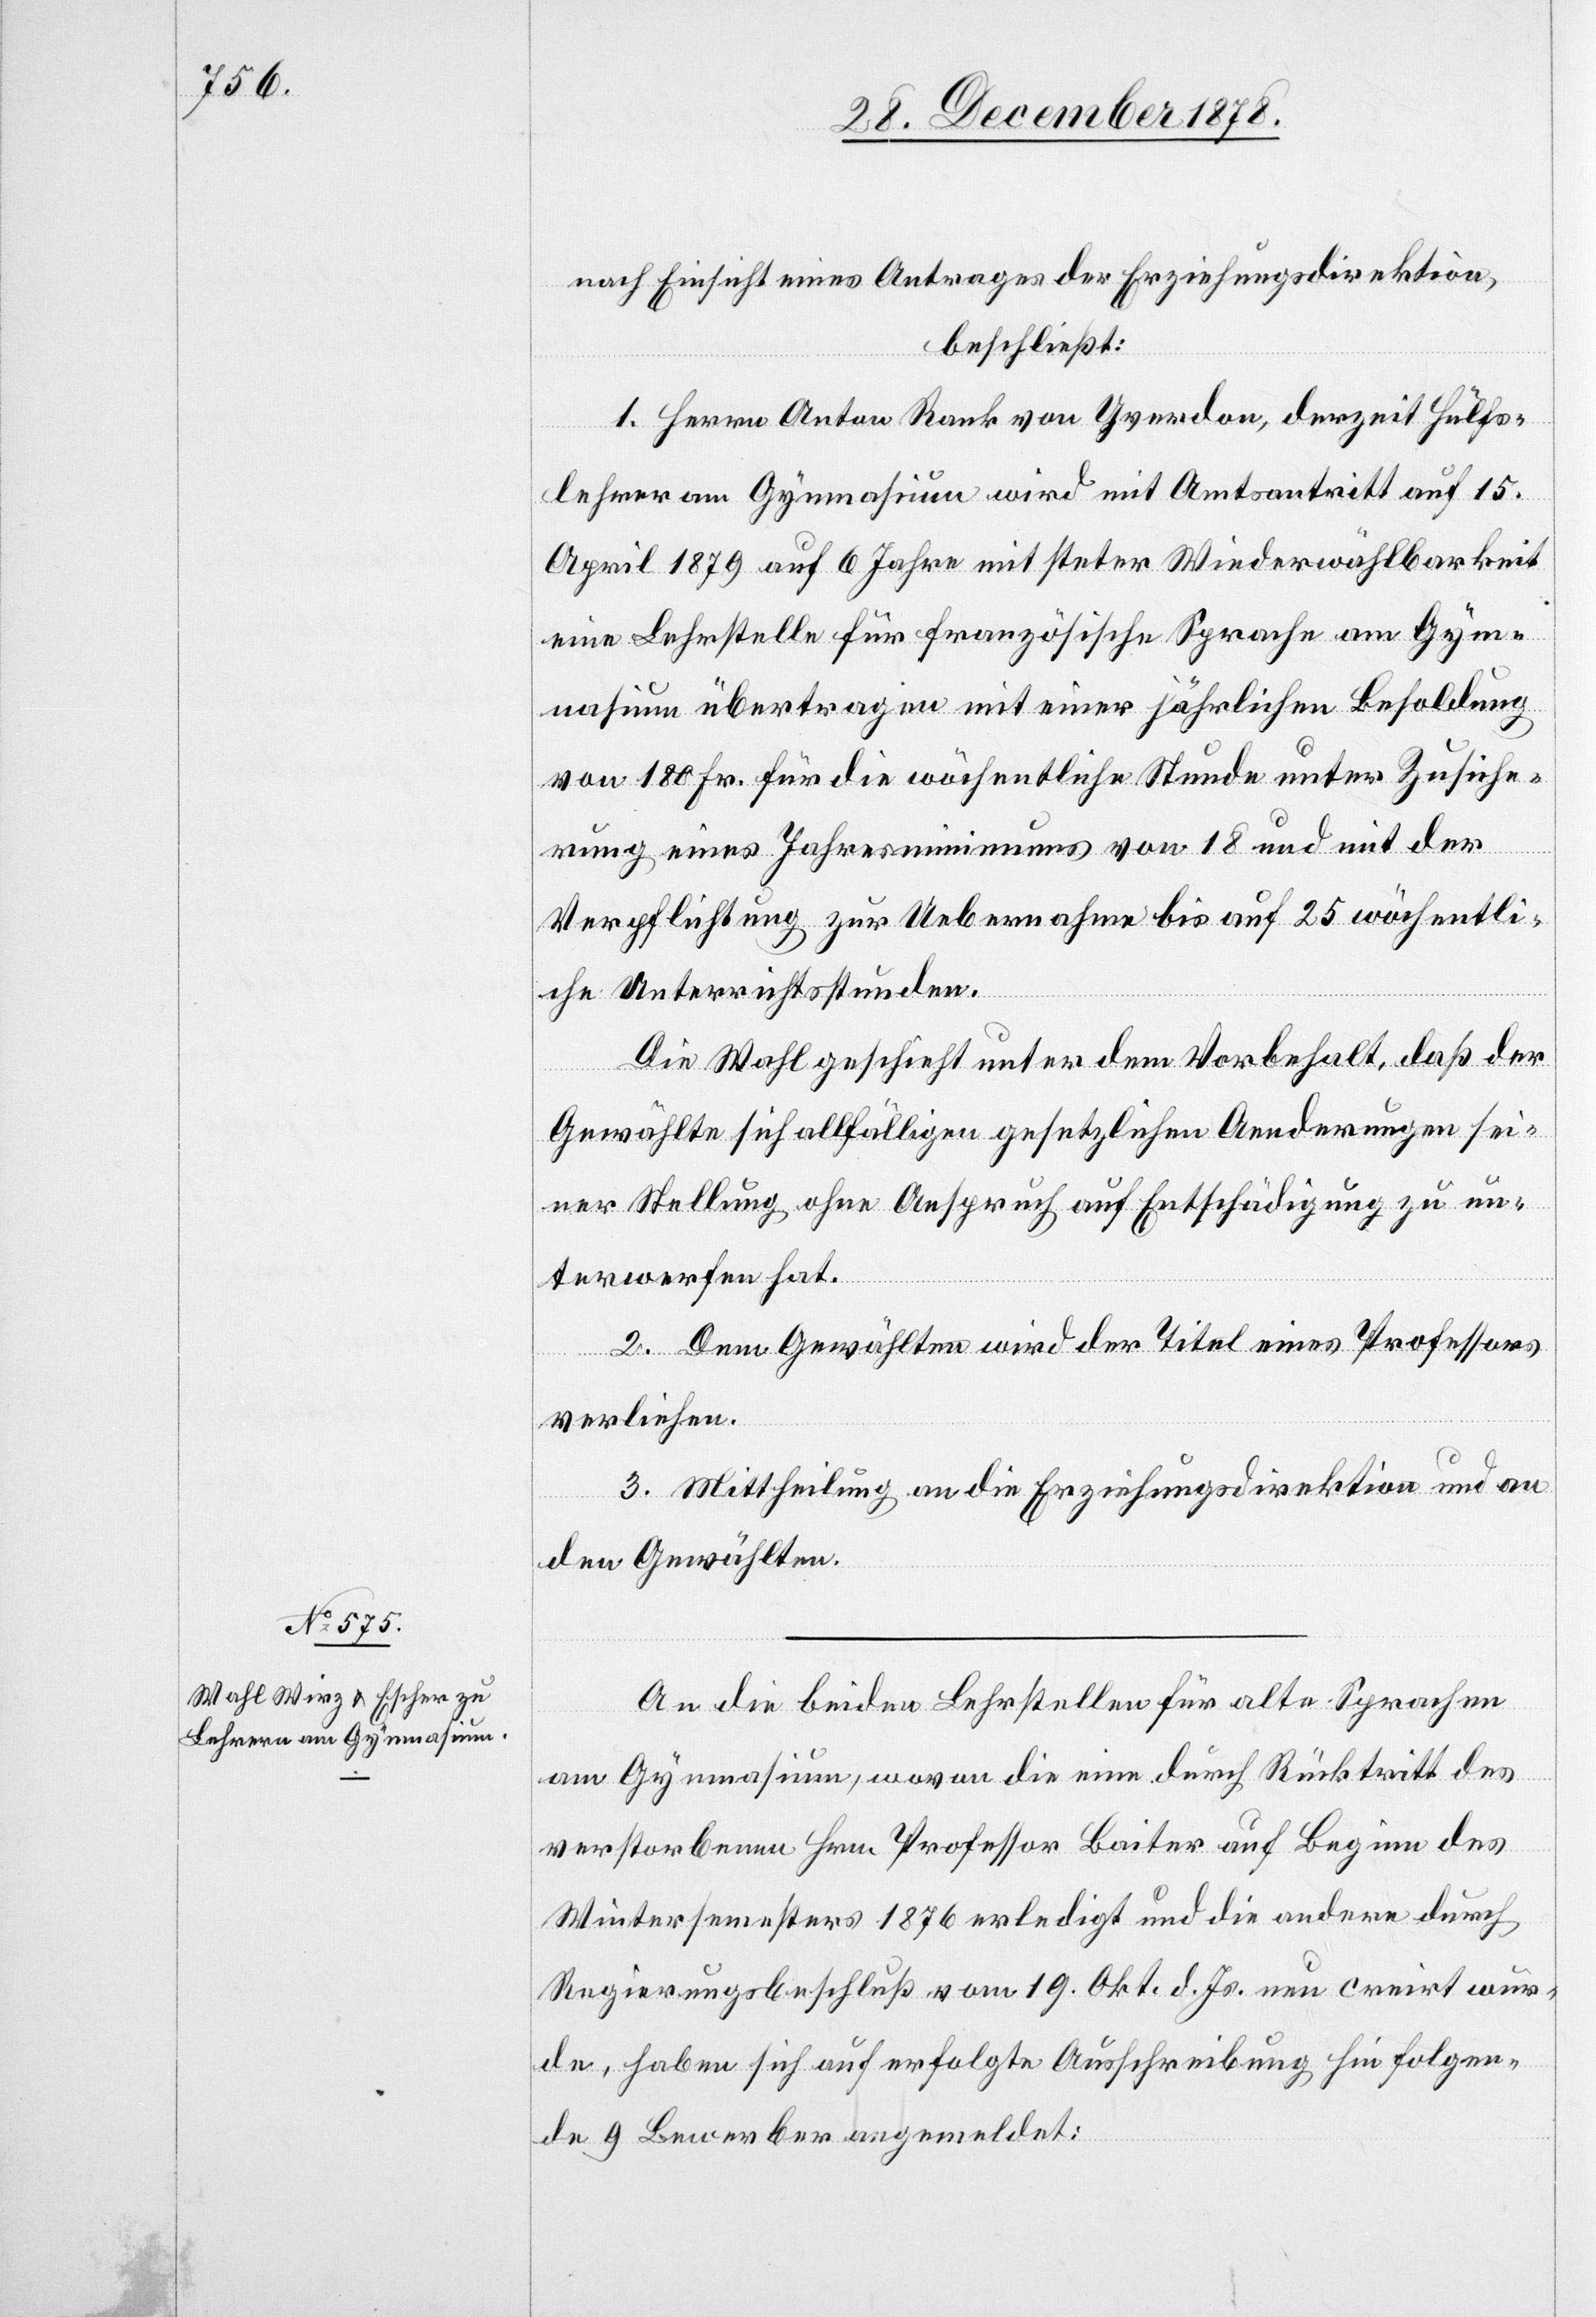
nach Einsicht eines Antrages der Erziehungsdirektion,
beschließt:
1. Herrn Anton Rank von Yverdon, derzeit Hülfs¬
lehrer am Gymnasium wird mit Amtsantritt auf 15.
April 1879 auf 6 Jahre mit steter Wiederwählbarkeit
eine Lehrstelle für französische Sprache am Gym¬
nasium übertragen mit einer jährlichen Besoldung
von 18 Fr. für die wöchentliche Stunde unter Zusiche¬
rung eines Jahresminimums von 18 und mit der
Verpflichtung zur Uebernahme bis auf 25 wöchentli¬
che Unterrichtsstunden.
Die Wahl geschieht unter dem Vorbehalt, daß der
Gewählte sich allfälligen gesetzlichen Aenderungen sei¬
ner Stellung ohne Anspruch auf Entschädigung zu un¬
terwerfen hat.
2. Dem Gewählten wird der Titel eines Professors
verliehen.
3. Mittheilung an die Erziehungsdirektion und an
den Gewählten.
An die beiden Lehrstellen für alte Sprachen
am Gymnasium, wovon die eine durch Rücktritt des
verstorbenen Hrn. Professor Baiter auf Beginn des
Wintersemesters 1876 erledigt und die andere durch
Regierungsbeschluß vom 19. Okt. d. Js. neu creirt wur¬
de, haben sich auf erfolgte Ausschrebung hin folgen¬
de 9 Bewerber angemeldet: